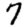
Digit: 7